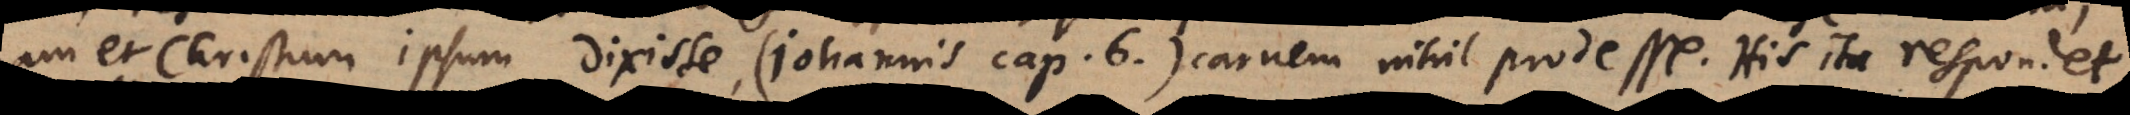
nam et Christum ipsum dixisse (Johannis cap. 6.), carnem nihil prodesse. His ita respondet